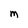
Character: m